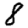
Digit: 8